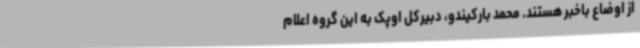
از اوضاع باخبر هستند. محمد بارکیندو، دبیرکل اوپک به این گروه اعلام